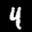
Label: 4